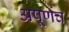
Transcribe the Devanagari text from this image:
अपूर्णच